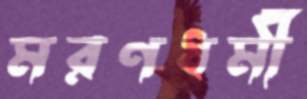
মরণধর্মী